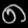
Digit: ၈